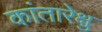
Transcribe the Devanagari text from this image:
कांतारेक्षु